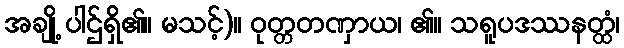
အချို့ ပါဌ်ရှိ၏။ မသင့်)။ ဝုတ္တတဏှာယ၊ ၏။ သရူပဒဿနတ္ထံ၊